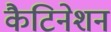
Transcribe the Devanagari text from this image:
कैटिनेशन